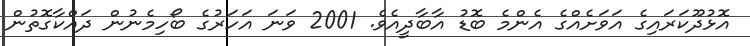
އޮޅުދޫކަރައިގެ އަވަށެއްގެ އެންމެ ބޮޑު އާބާދީއެވެ. 2001 ވަނަ އަހަރުގެ ބޯހިމެނުން ދައްކާގޮތުން